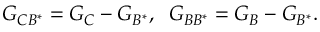
G _ { C B ^ { \ast } } = G _ { C } - G _ { B ^ { \ast } } , \; \; G _ { B B ^ { \ast } } = G _ { B } - G _ { B ^ { \ast } } .